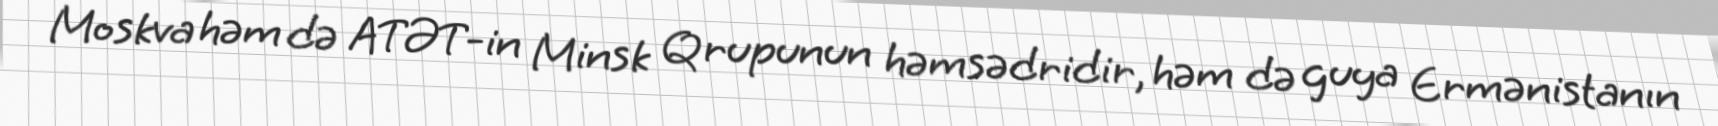
Moskva həm də ATƏT-in Minsk Qrupunun həmsədridir, həm də guya Ermənistanın